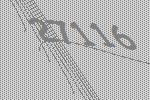
27116